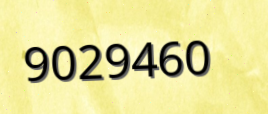
9029460